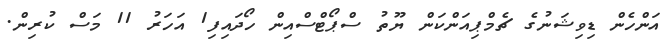
އަންހެން ޑިވިޝަނުގެ ޗެމްޕިއަންކަން ޔޫތު ސްޕޯޓްސްއިން ހޯދައިފި1 އަހަރު 11 މަސް ކުރިން.